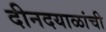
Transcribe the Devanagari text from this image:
दीनदयाळांची